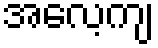
အလေ့ကျ